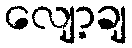
လျော့ချ